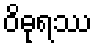
ဝိဓုရဿ